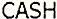
CASH